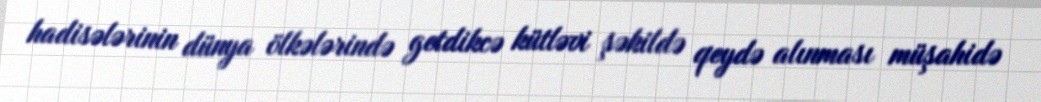
hadisələrinin dünya ölkələrində getdikcə kütləvi şəkildə qeydə alınması müşahidə